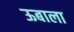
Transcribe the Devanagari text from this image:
ऊबाला